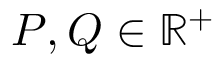
P , Q \in \mathbb { R } ^ { + }